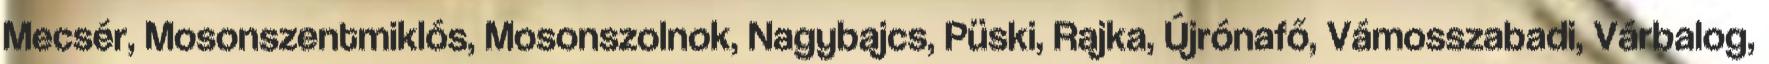
Mecsér, Mosonszentmiklós, Mosonszolnok, Nagybajcs, Püski, Rajka, Újrónafő, Vámosszabadi, Várbalog,